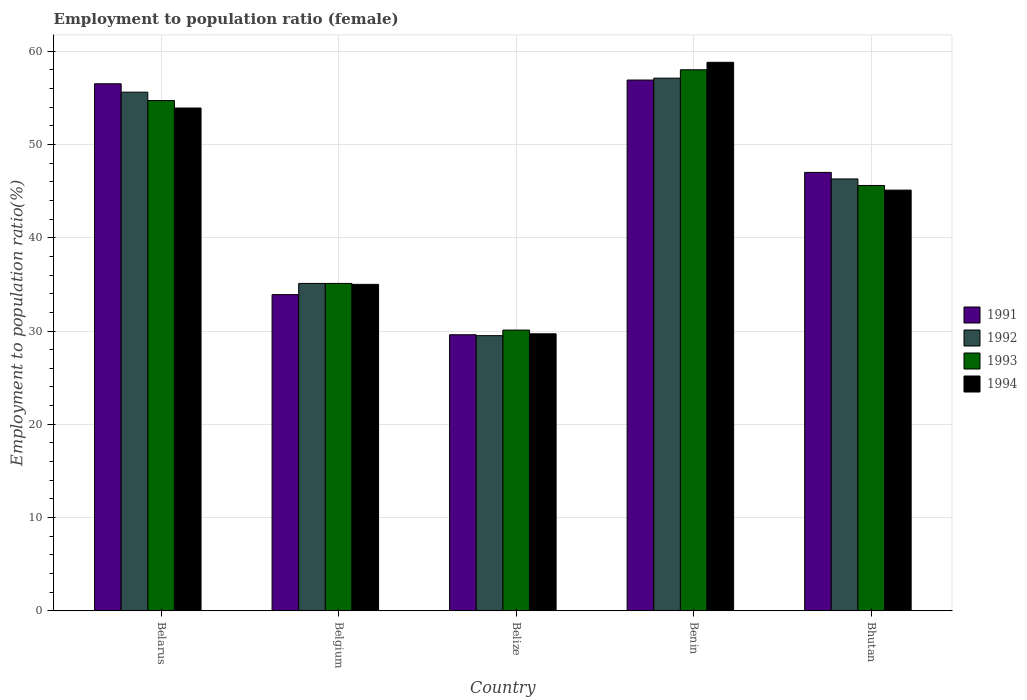
| Country | 1991 | 1992 | 1993 | 1994 |
 | --- | --- | --- | --- | --- |
 | Belarus | 56.5 | 55.6 | 54.7 | 53.9 |
 | Belgium | 33.9 | 35.1 | 35.1 | 35 |
 | Belize | 29.6 | 29.5 | 30.1 | 29.7 |
 | Benin | 56.9 | 57.1 | 58 | 58.8 |
 | Bhutan | 47 | 46.3 | 45.6 | 45.1 |